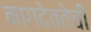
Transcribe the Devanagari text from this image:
नागदेवतेची